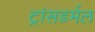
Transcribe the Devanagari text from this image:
ट्रांसडर्मल